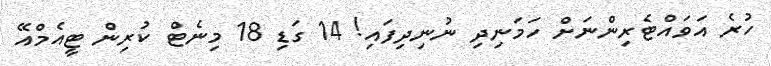
ހުރެ އަވައްޓެރިންނަށް ހަމަނިދި ނުނިދިފައި! 14 ގަޑި 18 މިނެޓް ކުރިން ޓީއެމްއޭ